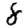
Digit: 8